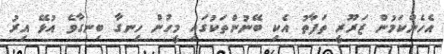
އެހެންކަމުން ޒަރޫރީ ތަފާތު އެކި ބޭނުންތަކުގައި މީހުން ހިނގާ ބިނގާވެ އުޅޭ އިރު